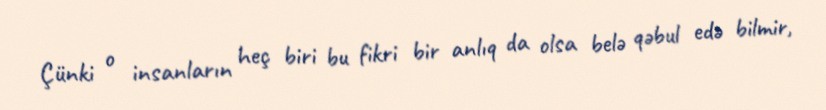
Çünki o insanların heç biri bu fikri bir anlıq da olsa belə qəbul edə bilmir,